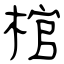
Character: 棺